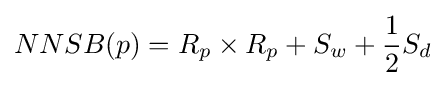
NNSB(p)=R_{p}\times R_{p}+S_{w}+{\frac {1}{2}}S_{d}